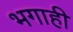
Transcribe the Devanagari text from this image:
भगाही